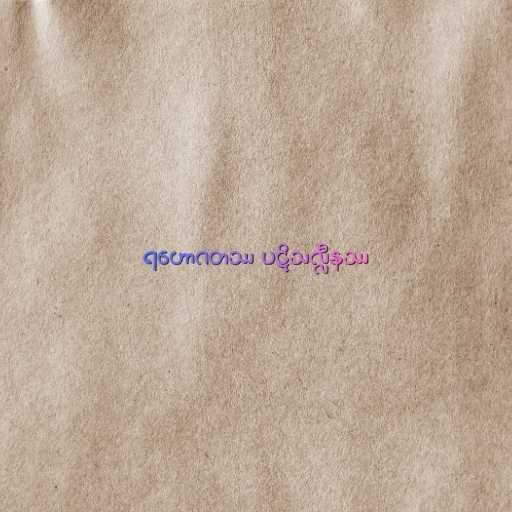
ရဟောဂတဿ ပဋိသလ္လီနဿ